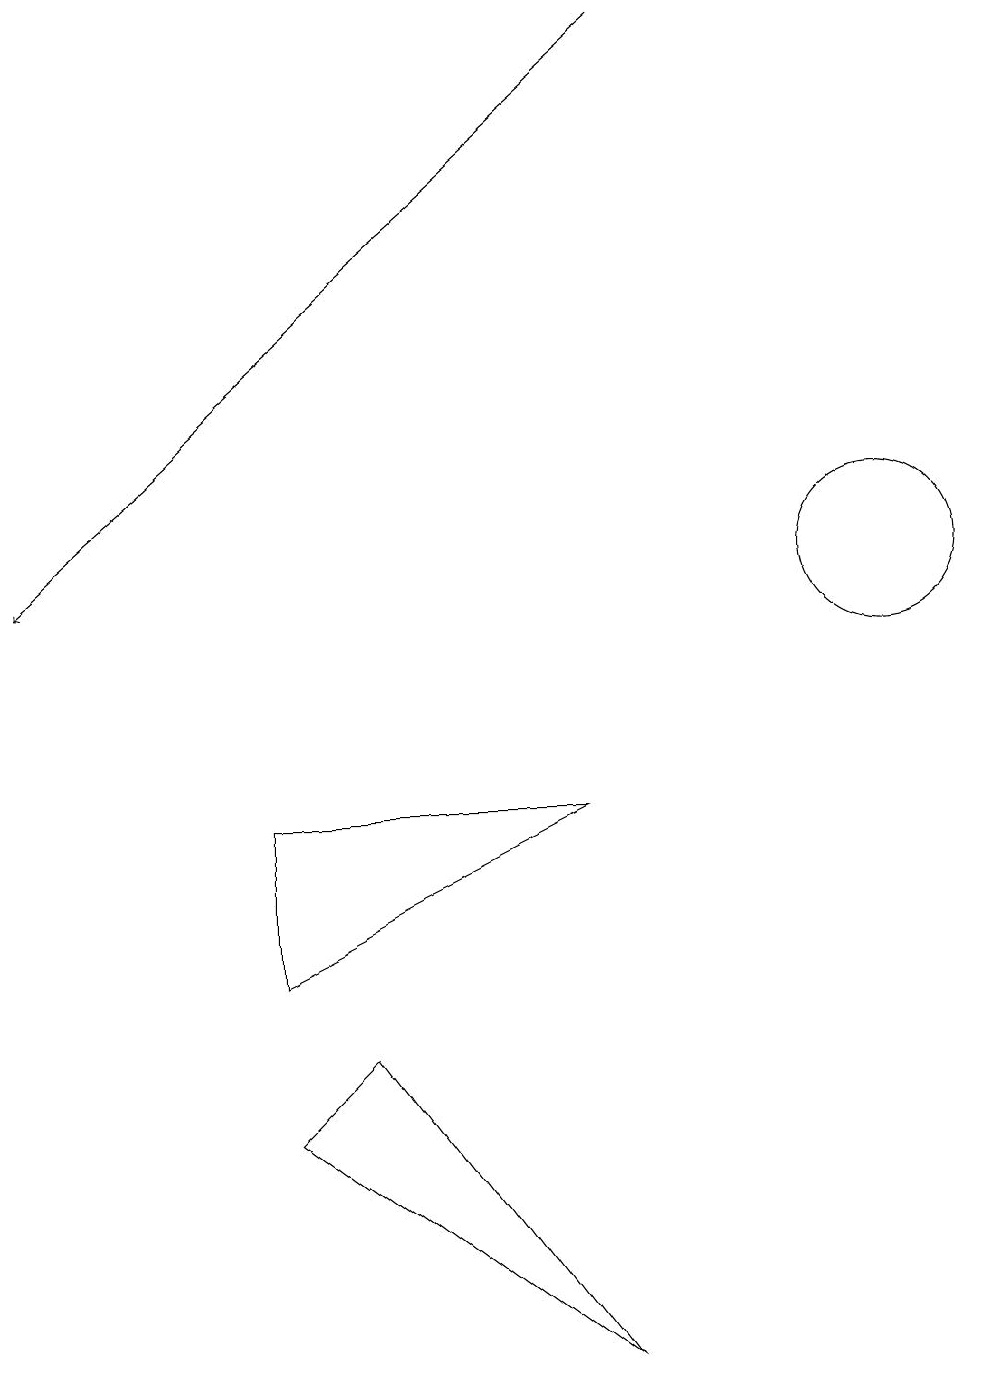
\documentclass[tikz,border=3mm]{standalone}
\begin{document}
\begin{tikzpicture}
\draw[->] (9,17) -- (1,10);
\draw (8,0) -- (5,4) -- (4,3) -- cycle;
\draw (8,7) -- (4,7) -- (4,5) -- cycle;
\draw (12,10) circle (1);
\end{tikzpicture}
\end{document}